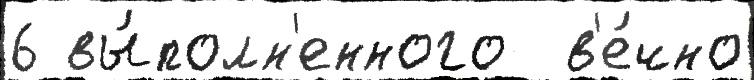
6 вы́полн'енного  в'е́чно